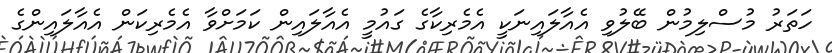
ހަތަރު މުސްލިމުން ބޭލުވި އެއާލައިނަކީ އެމެރިކާގެ ގައުމީ އެއާލައިން ކަމަށްވާ އެމެރިކަން އެއާލައިންގެ